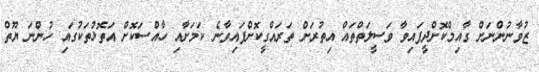
ޒުވާނުންނަށް ގާއިމްކޮށްދީފައިވާ ވަސީލަތްތައް އިތުރަށް ތަރައްގީކޮށްފައިވާނެ ކަމަށާއި ހާއްސަކޮށް އަތޮޅުތަކުގައި ހުންނަ ޔޫތް